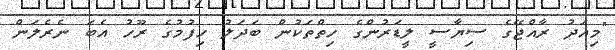
"މިއަދު ރާއްޖޭގެ ސިޔާސީ ލީޑަރުންގެ ހިތްތަކުން ބަދަލު ހިފުމުގެ ރޫހު އެބަ ނެރެލަން